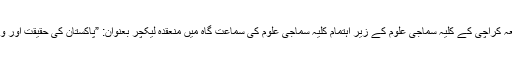
ان خیالات کا اظہار انہوں نے جامعہ کراچی کے کلیہ سماجی علوم کے زیر اہتمام کلیہ سماجی علوم کی سماعت گاہ میں منعقدہ لیکچر بعنوان: ”پاکستان کی حقیقت اور ویژن” سے خطاب کرتے ہوئے کیا۔